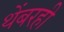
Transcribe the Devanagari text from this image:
थेंबरही